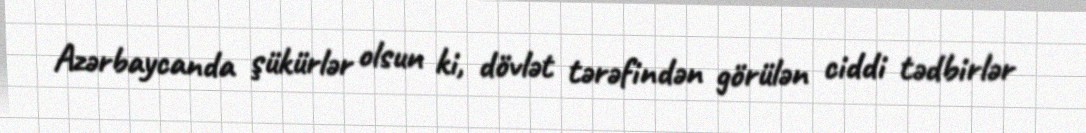
Azərbaycanda şükürlər olsun ki, dövlət tərəfindən görülən ciddi tədbirlər